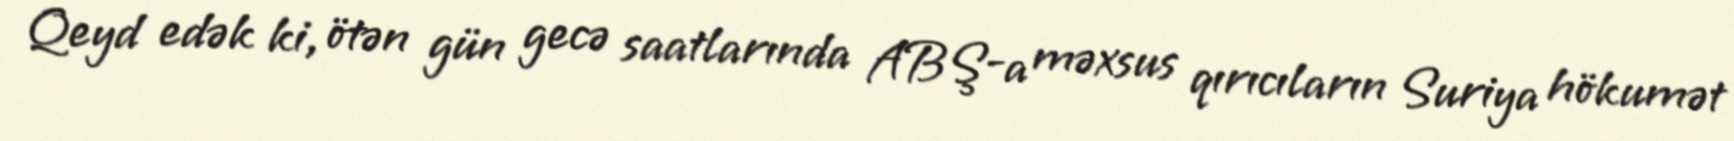
Qeyd edək ki, ötən gün gecə saatlarında ABŞ-a məxsus qırıcıların Suriya hökumət